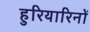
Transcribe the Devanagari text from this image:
हुरियारिनों